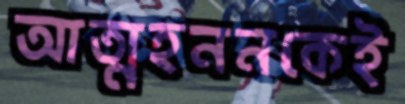
আত্মহননকেই